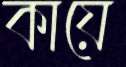
কায়ে